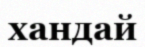
хандай